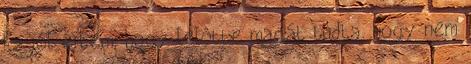
És jól értem, hogy lelőtte magát tudta, hogy nem